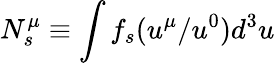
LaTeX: N_{s}^{\mu}\equiv\int f_{s}(u^{\mu}/u^{0})d^{3}u